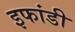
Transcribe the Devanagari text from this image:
इफांडी